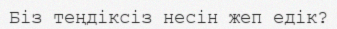
Біз теңдіксіз несін жеп едік?